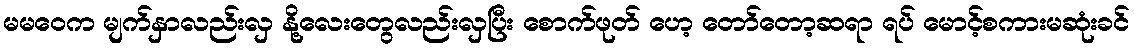
မမဝေက မျက်နှာလည်းလှ နို့လေးတွေလည်းလှပြီး စောက်ဖုတ် ဟေ့ တော်တော့ဆရာ ရပ် မောင့်စကားမဆုံးခင်